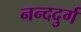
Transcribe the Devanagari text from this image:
नन्ददुर्ग